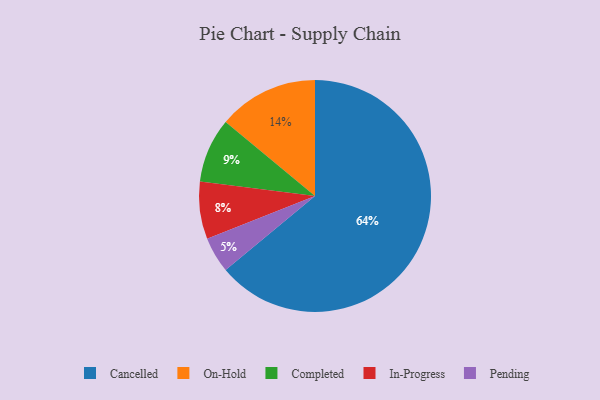
{"axis": {"x": "Category", "y": "Percentage"}, "legend": ["Cancelled", "Completed", "In-Progress", "On-Hold", "Pending"], "data": [{"x": "Pending", "y": 5, "type": "Pending"}, {"x": "Cancelled", "y": 64, "type": "Cancelled"}, {"x": "On-Hold", "y": 14, "type": "On-Hold"}, {"x": "Completed", "y": 9, "type": "Completed"}, {"x": "In-Progress", "y": 8, "type": "In-Progress"}]}